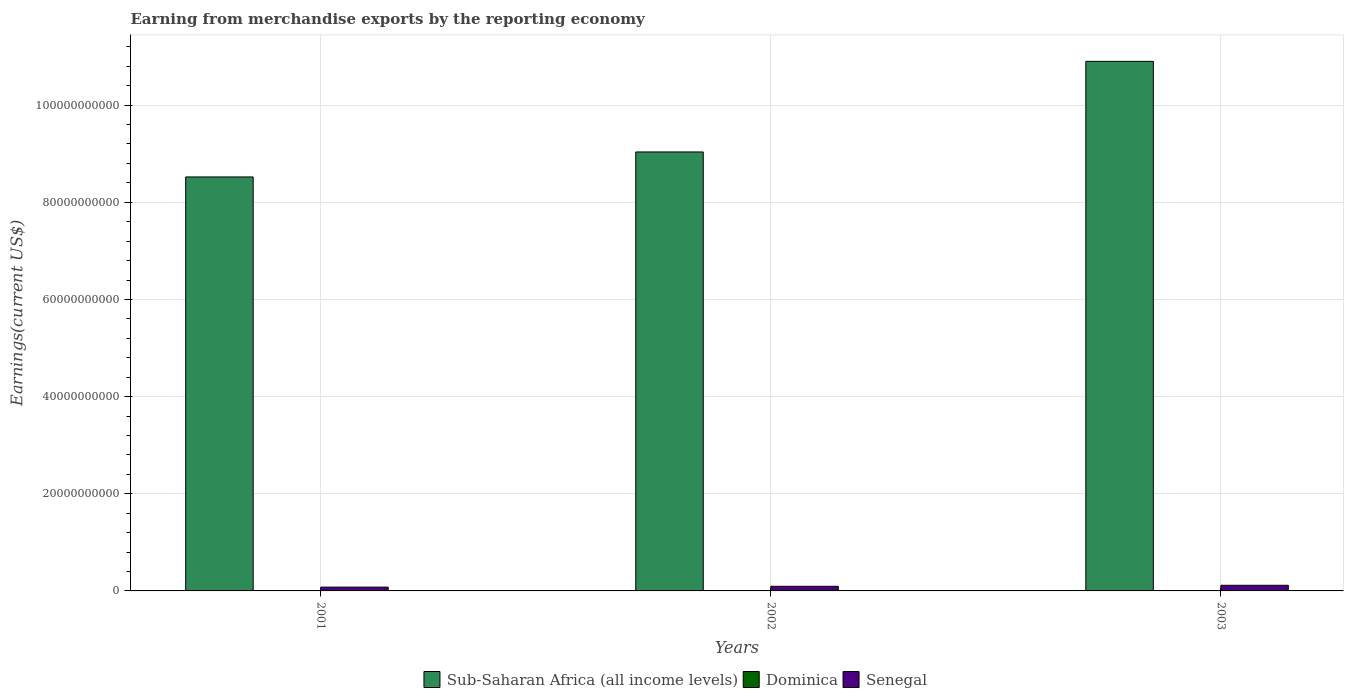
| Years | Sub-Saharan Africa (all income levels) | Dominica | Senegal |
 | --- | --- | --- | --- |
 | 2001 | 8.52e+10 | 4.35e+07 | 7.84e+08 |
 | 2002 | 9.04e+10 | 6.06e+07 | 9.49e+08 |
 | 2003 | 1.09e+11 | 6.1e+07 | 1.16e+09 |